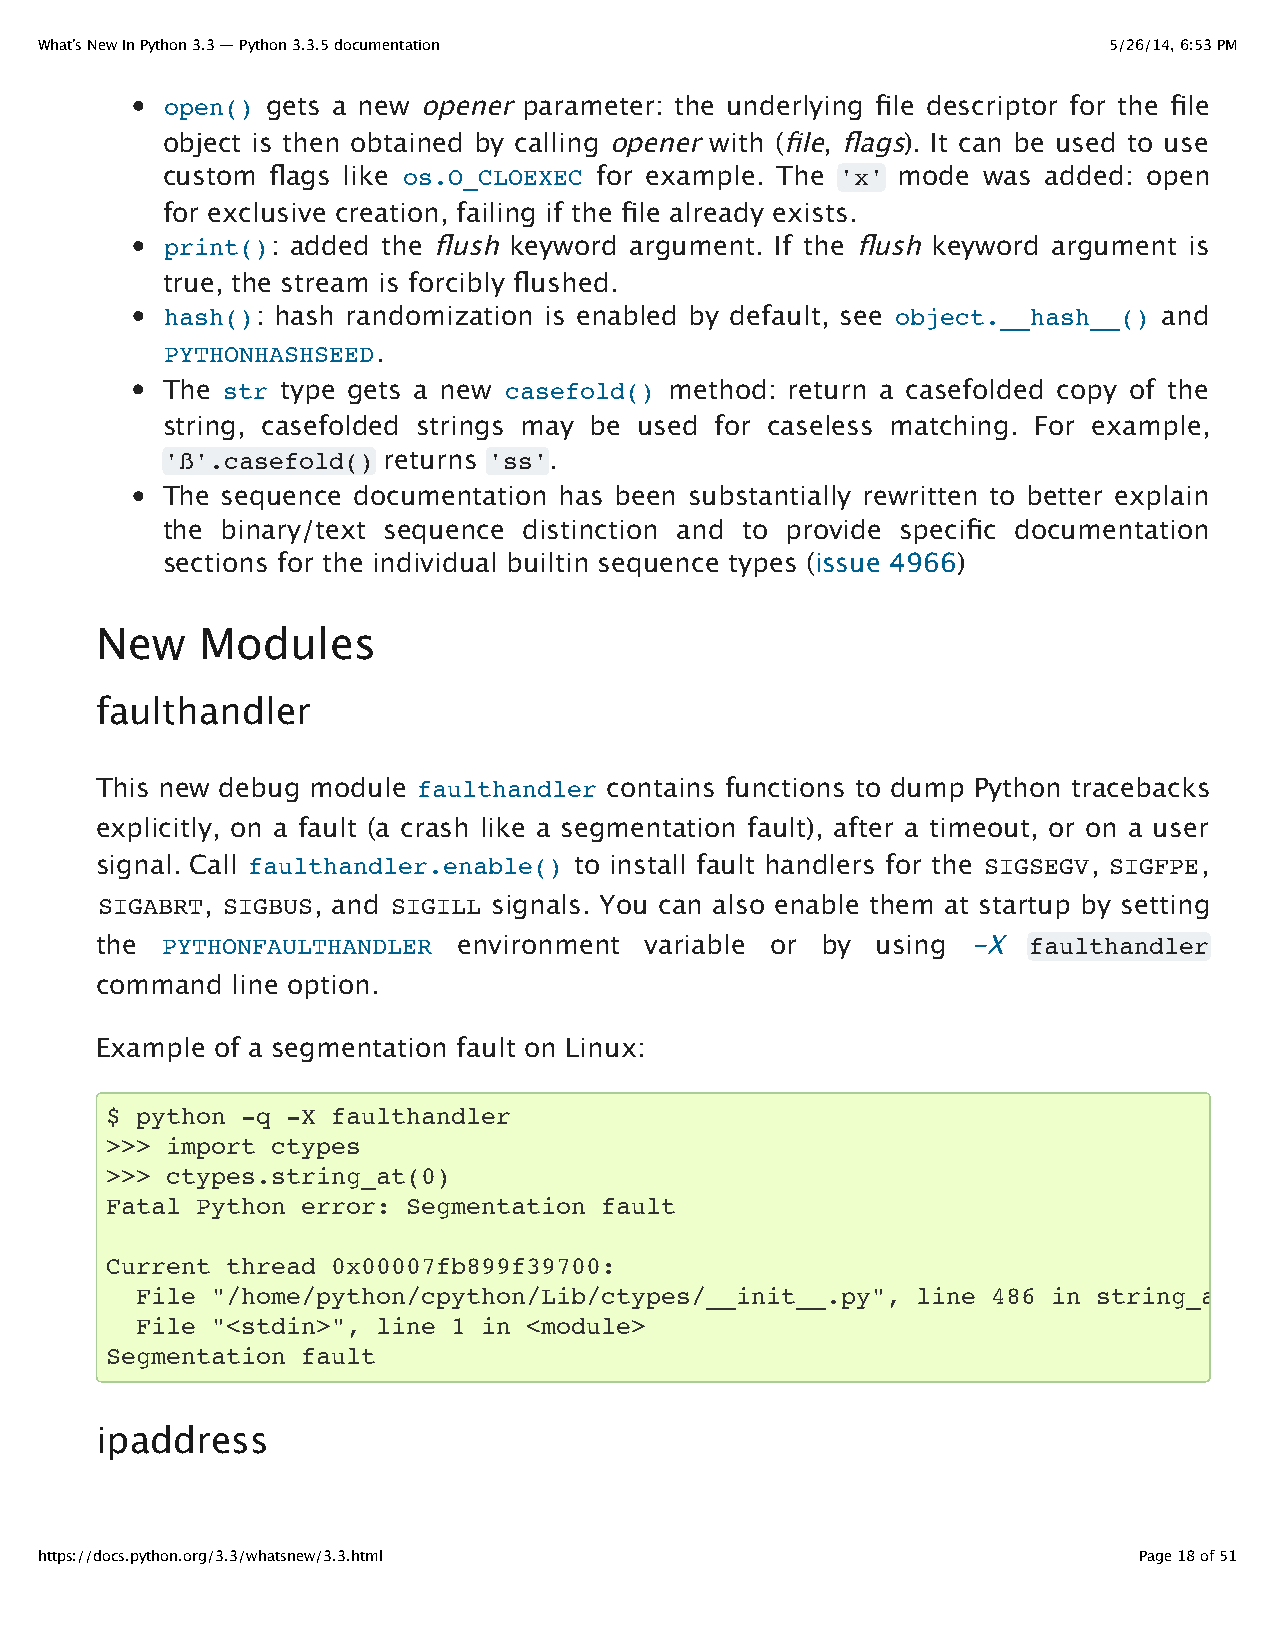
What’s New In Python 3.3 — Python 3.3.5 documentation                  5/26/14, 6:53 PM
 open() gets a new opener parameter: the underlying file descriptor for the file
 object is then obtained by calling opener with (file, flags). It can be used to use
 custom flags like os.O_CLOEXEC for example. The 'x' mode was added: open
 for exclusive creation, failing if the file already exists.
 print(): added the flush keyword argument. If the flush keyword argument is
 true, the stream is forcibly flushed.
 hash(): hash randomization is enabled by default, see object.__hash__() and
 PYTHONHASHSEED.
 The str type gets a new casefold() method: return a casefolded copy of the
 string, casefolded strings may be used for caseless matching. For example,
 'ß'.casefold() returns 'ss'.
 The sequence documentation has been substantially rewritten to better explain
 the binary/text sequence distinction and to provide specific documentation
 sections for the individual builtin sequence types (issue 4966)
 New    Modules
 faulthandler
 This new debug module faulthandler contains functions to dump Python tracebacks
 explicitly, on a fault (a crash like a segmentation fault), after a timeout, or on a user
 signal. Call faulthandler.enable() to install fault handlers for the SIGSEGV, SIGFPE,
 SIGABRT, SIGBUS, and SIGILL signals. You can also enable them at startup by setting
 the  PYTHONFAULTHANDLER environment  variable or by using -X  faulthandler
 command  line option.
 Example of a segmentation fault on Linux:
 $ python -q -X faulthandler
 >>> import ctypes
 >>> ctypes.string_at(0)
 Fatal Python error: Segmentation fault
 Current thread 0x00007fb899f39700:
 File "/home/python/cpython/Lib/ctypes/__init__.py", line 486 in string_at
 File "<stdin>", line 1 in <module>
 Segmentation fault
 ipaddress
 https://docs.python.org/3.3/whatsnew/3.3.html                            Page 18 of 51